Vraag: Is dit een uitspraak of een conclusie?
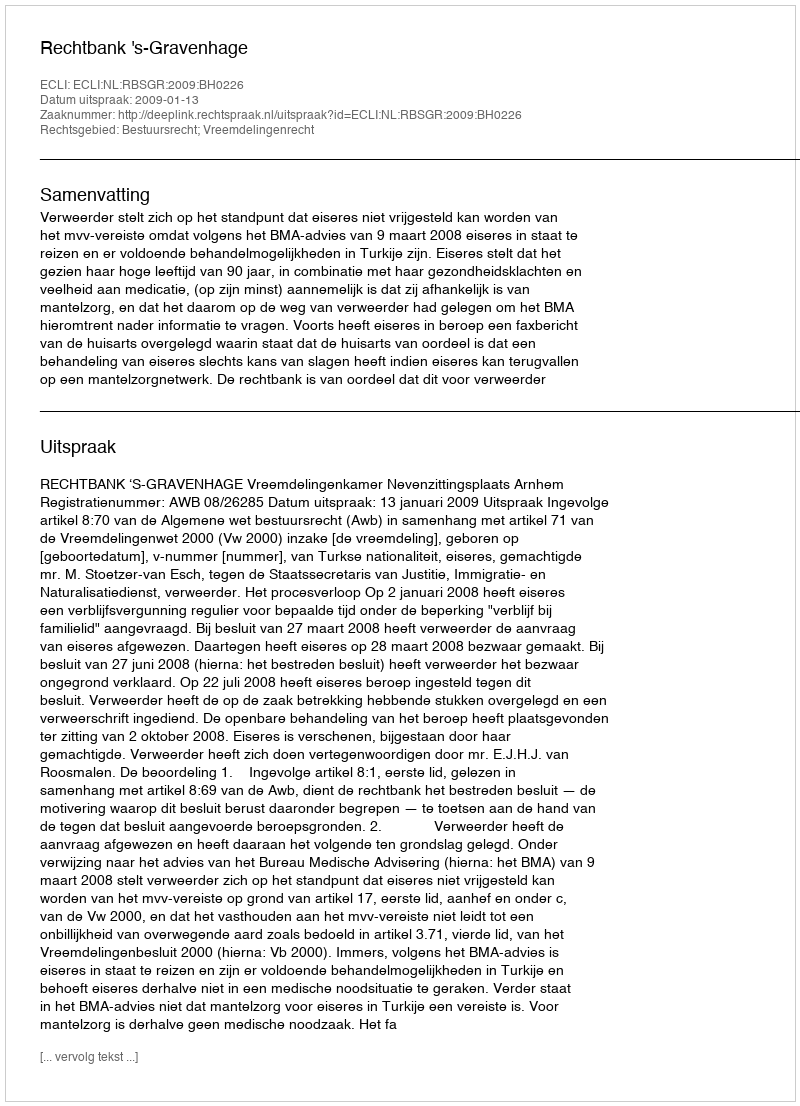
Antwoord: Uitspraak